65_HS1-834228961_62-HQ-83894_Section_9
Agency: FBI
Page 36
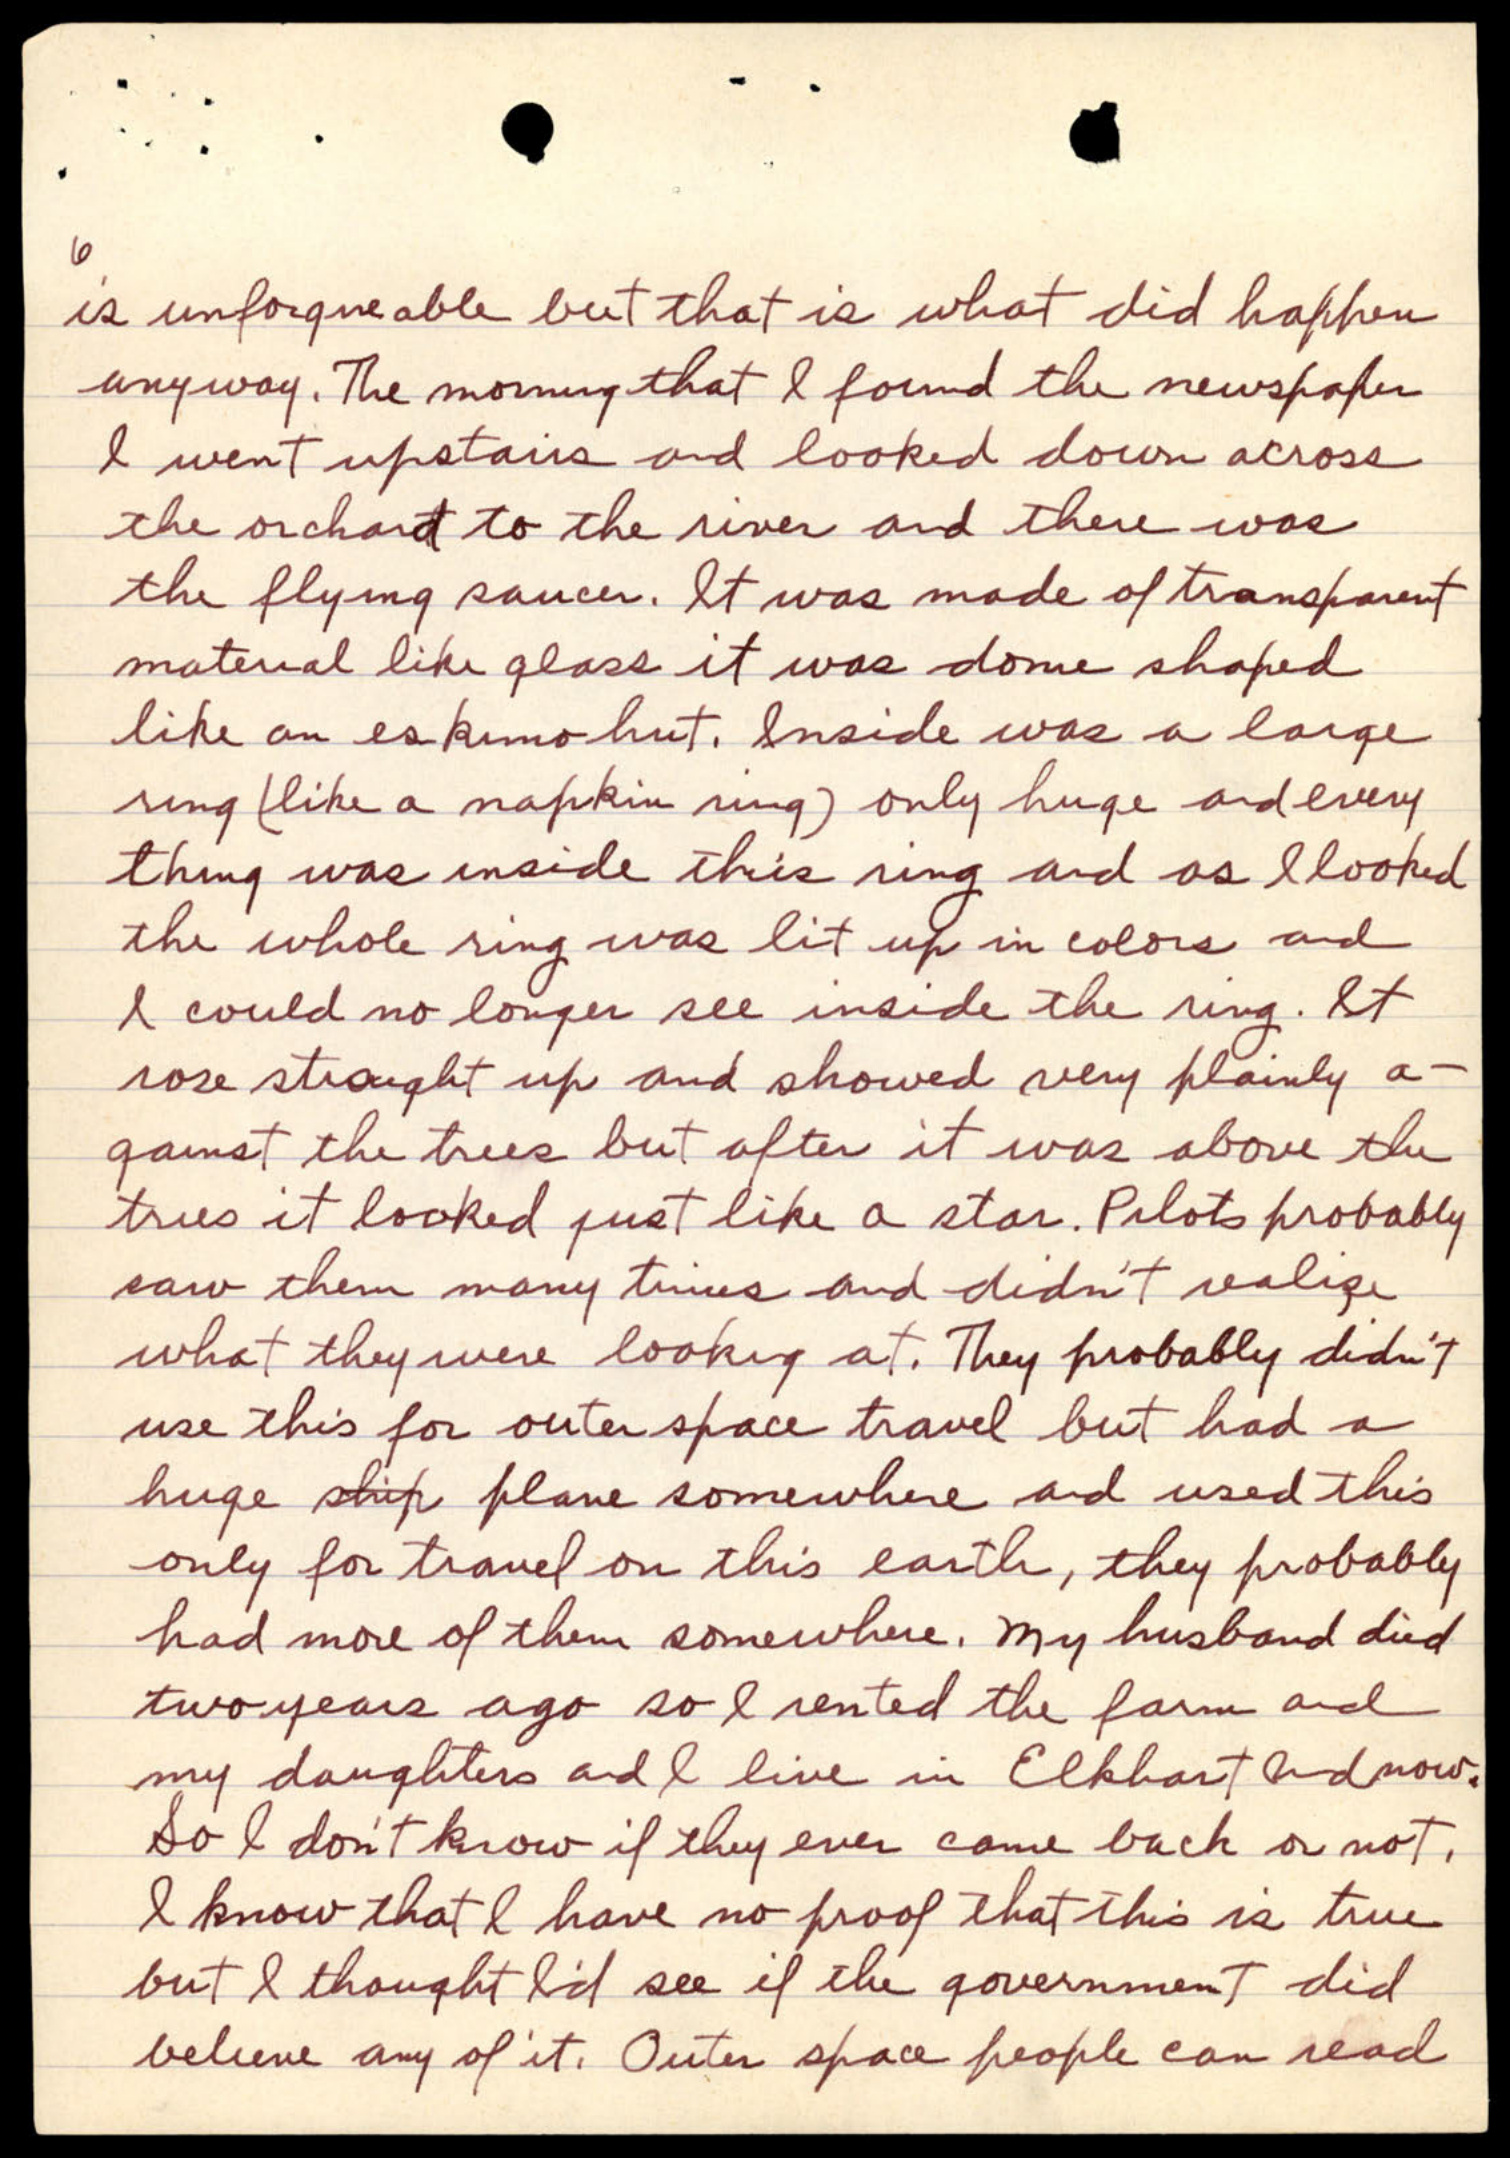